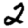
Digit: 2